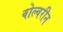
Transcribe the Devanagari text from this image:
वोल्वरीन